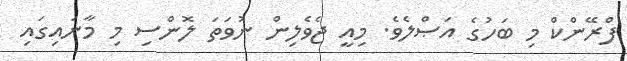
ފްރޭންކް މި ބަހުގެ އަޞްލެވެ. މިއީ ޖެވެލިން ނުވަތަ ލޮންސި މި މާނައިގައި